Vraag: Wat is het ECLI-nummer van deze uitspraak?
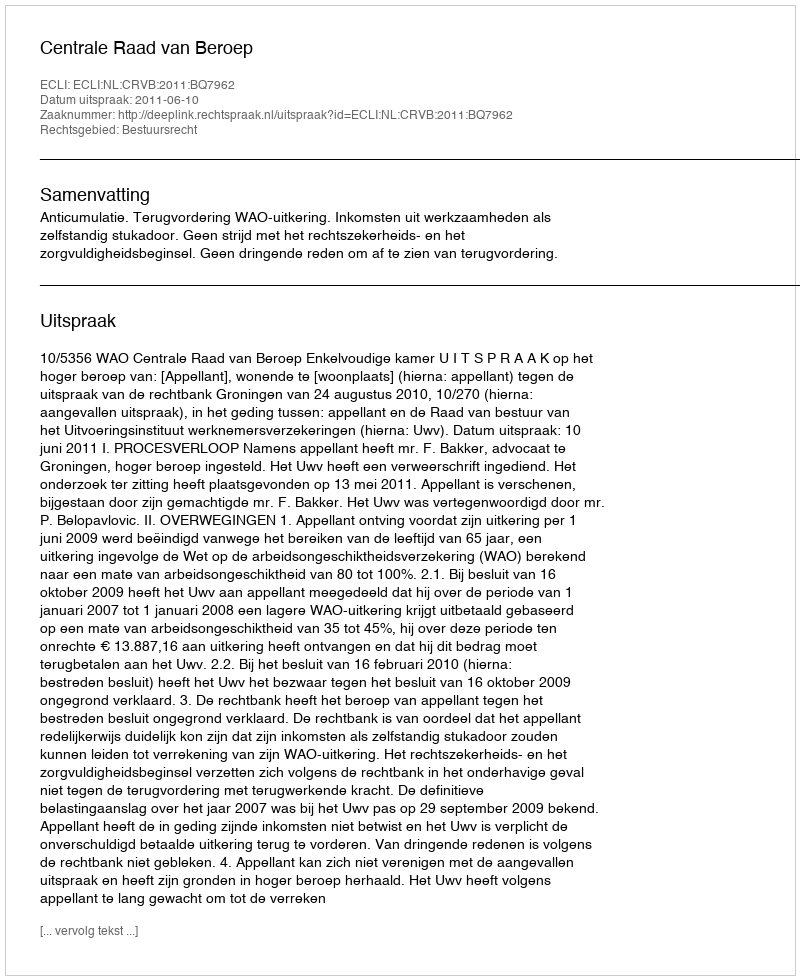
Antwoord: ECLI:NL:CRVB:2011:BQ7962